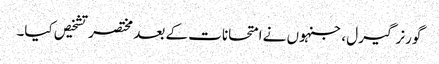
گورنر گیرل ، جنہوں نے امتحانات کے بعد مختصر تشخیص کیا۔